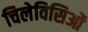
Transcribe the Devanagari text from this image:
चिलेविसिओं